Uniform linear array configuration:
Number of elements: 12
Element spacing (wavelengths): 1
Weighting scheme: kaiser
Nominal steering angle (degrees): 0
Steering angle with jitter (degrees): -1.211
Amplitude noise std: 0.05
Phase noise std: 0.05

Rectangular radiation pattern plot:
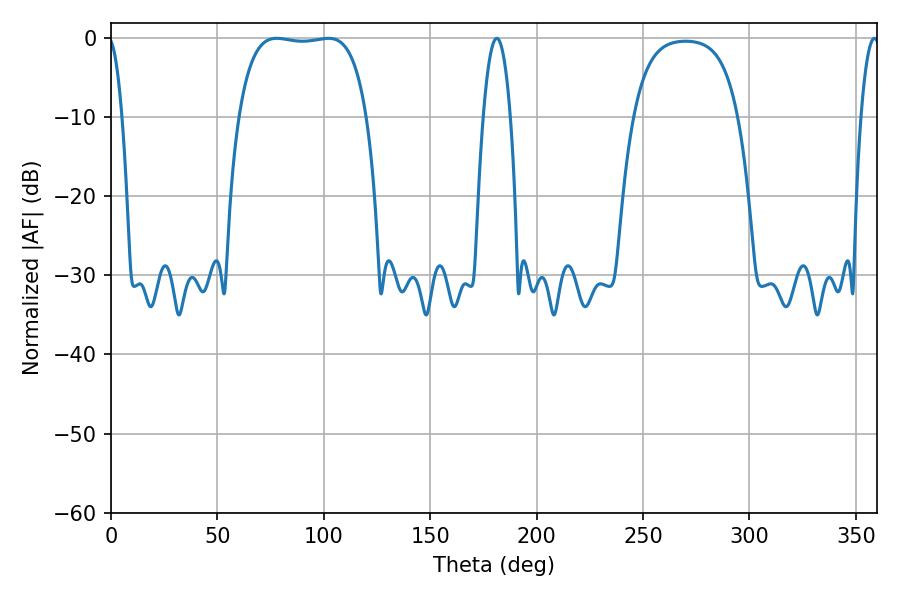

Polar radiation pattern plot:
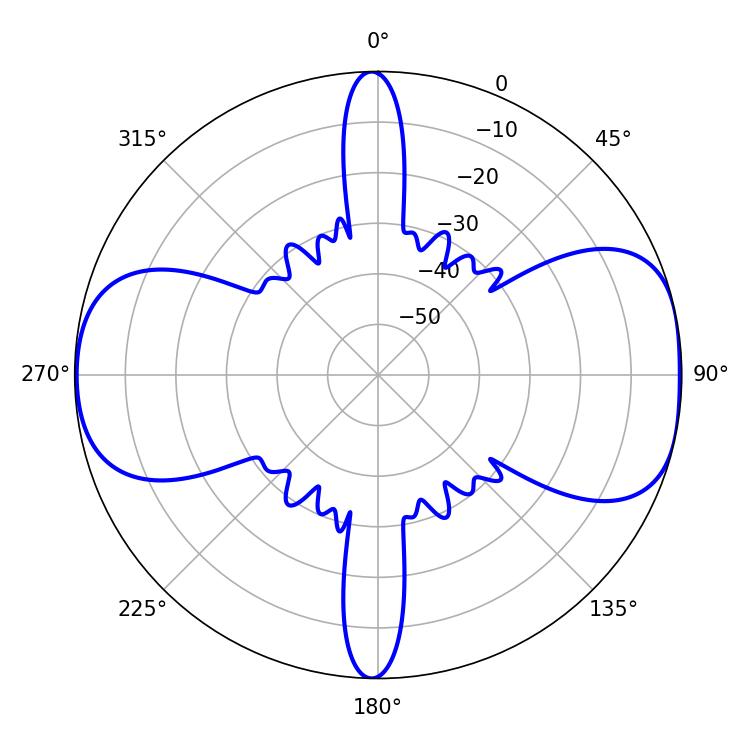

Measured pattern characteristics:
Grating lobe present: TRUE
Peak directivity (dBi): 9.029
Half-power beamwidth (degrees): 47.52
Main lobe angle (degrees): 77.94